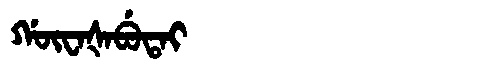
Manchu: ᡤᡡᠸᠠᡧᠠᠪᡠᡨᠠᡳ
Romanization: GŪWAŠABUTAI